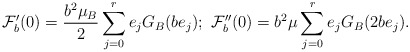
\begin{align*}\mathcal{F}_{b}^{\prime }(0)=\frac{b^{2}\mu _{B}}{2}\sum_{j=0}^{r}e_{j}G_{B}(be_{j});\ \mathcal{F}_{b}^{\prime \prime}(0)=b^{2}\mu \sum_{j=0}^{r}e_{j}G_{B}(2be_{j}). \end{align*}